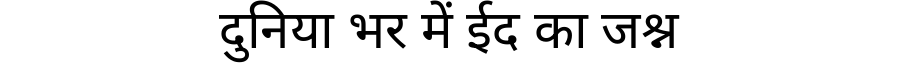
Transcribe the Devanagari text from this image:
दुनिया भर में ईद का जश्न